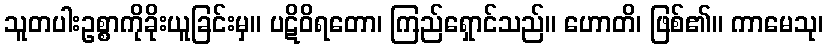
သူတပါးဥစ္စာကိုခိုးယူခြင်းမှ။ ပဋိဝိရတော၊ ကြည်ရှောင်သည်။ ဟောတိ၊ ဖြစ်၏။ ကာမေသု၊